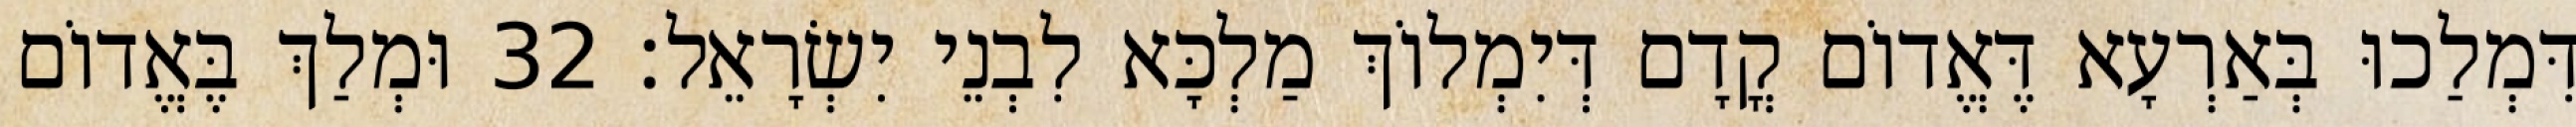
דִּמְלַכוּ בְּאַרְעָא דֶּאֱדוֹם קֳדָם דְּיִמְלוֹךְ מַלְכָּא לִבְנֵי יִשְׂרָאֵל׃ 32 וּמְלַךְ בֶּאֱדוֹם